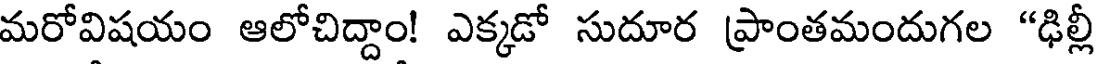
మరోవిషయం ఆలోచిద్దాం! ఎక్కడో సుదూర ప్రాంతమందుగల "ఢిల్లీ